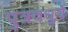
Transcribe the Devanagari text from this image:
पुत्रवधुयें